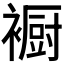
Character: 𮖳